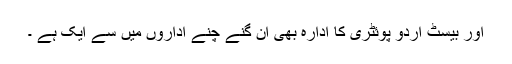
اور بیسٹ اردو پوئٹری کا ادارہ بھی ان گنے چنے اداروں میں سے ایک ہے ۔